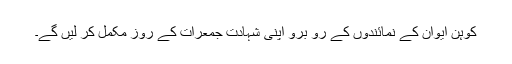
کوہن ایوان کے نمائندوں کے رو برو اپنی شہادت جمعرات کے روز مکمل کر لیں گے۔